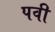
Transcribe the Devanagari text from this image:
पवी